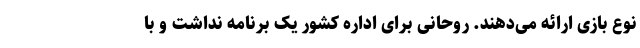
نوع بازی ارائه می‌دهند. روحانی برای اداره کشور یک برنامه نداشت و با